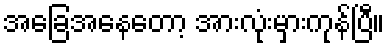
အခြေအနေတော့ အားလုံးမှားကုန်ပြီ။